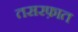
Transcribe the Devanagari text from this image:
तसरफ़ात